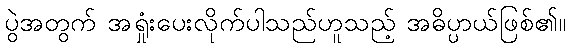
ပွဲအတွက် အရှုံးပေးလိုက်ပါသည်ဟူသည့် အဓိပ္ပာယ်ဖြစ်၏။